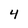
Character: 4